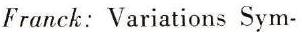
Franck: Variations Sym-